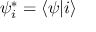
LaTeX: \psi _ { i } ^ { * } = \langle \psi | i \rangle